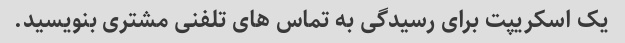
یک اسکریپت برای رسیدگی به تماس های تلفنی مشتری بنویسید.